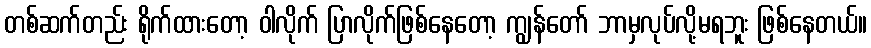
တစ်ဆက်တည်း ရိုက်ထားတော့ ဝါလိုက် ပြာလိုက်ဖြစ်နေတော့ ကျွန်တော် ဘာမှလုပ်လို့မရဘူး ဖြစ်နေတယ်။